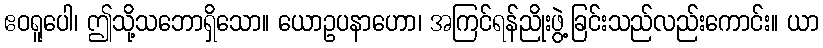
ဧဝရူပေါ၊ ဤသို့သဘောရှိသော။ ယောဥပနာဟော၊ အကြင်ရန်ညိုးဖွဲ့ခြင်းသည်လည်းကောင်း။ ယာ